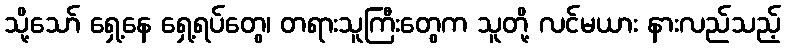
သို့သော် ရှေ့နေ ရှေ့ရပ်တွေ၊ တရားသူကြီးတွေက သူတို့ လင်မယား နားလည်သည့်